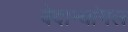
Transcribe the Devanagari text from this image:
वेदान्थांगल